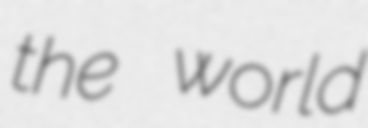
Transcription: the world